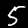
Digit: 5